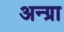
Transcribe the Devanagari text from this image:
अन्ग्रा